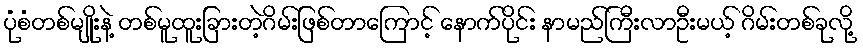
ပုံစံတစ်မျိုးနဲ့ တစ်မူထူးခြားတဲ့ဂိမ်းဖြစ်တာကြောင့် နောက်ပိုင်း နာမည်ကြီးလာဦးမယ့် ဂိမ်းတစ်ခုလို့